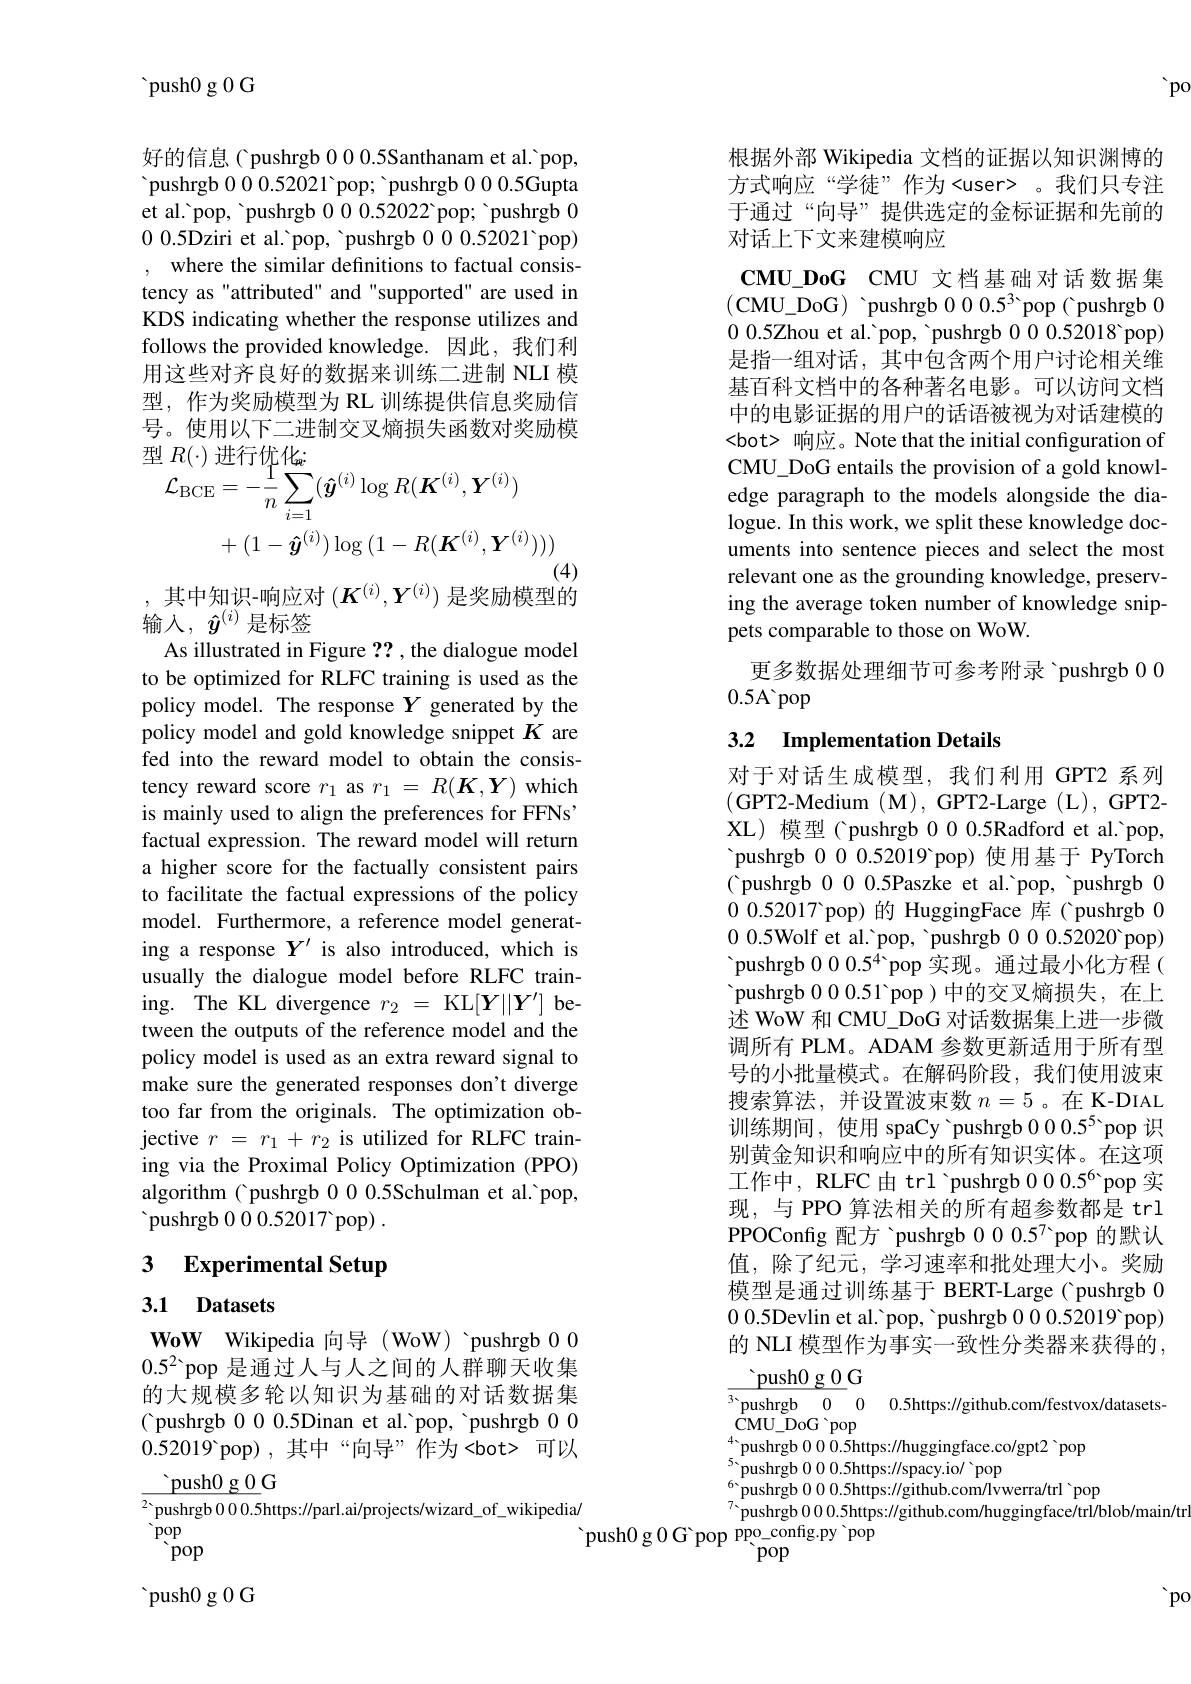
${\mathrm{~push0~g~0~G}}$

好的信息( pushrgb 0 0 0.5Santhanam et al.'pop, pushrgb 0 0 0.52021'pop; 'pushrgb 0 0 0.5Gupta et al.'pop, 'pushrgb 000.52022'pop; 'pushrgb 00.5Dziri et al.'pop, 'pushrgb 000.52021'pop) , where the similar definitions to factual consistency as "attributed" and "supported" are used in KDS indicating whether the response utilizes and follows the provided knowledge. 因此，我们利用这些对齐良好的数据来训练二进制 NLI 模型，作为奖励模型为 RL 训练提供信息奖励信号。使用以下二进制交叉熵损失函数对奖励模
$$\begin{aligned}\mathcal{L}_{\mathrm{BCE}}&=-\frac{1}{n}\sum_{i=1}(\hat{\boldsymbol{y}}^{(i)}\log R(\boldsymbol{K}^{(i)},\boldsymbol{Y}^{(i)})\\&+(1-\boldsymbol{\hat{y}}^{(i)})\log{(1-R(\boldsymbol{K}^{(i)},\boldsymbol{Y}^{(i)}))})\end{aligned}$$
(4)
,其中知识-响应对$(K^{(i)},Y^{(i)})$是奖励模型的

输入，$\hat{\boldsymbol{y}}^{(i)}$是标签
As illustrated in Figure ?? , the dialogue model to be optimized for RLFC training is used as the policy model. The response $Y$ generated by the policy model and gold knowledge snippet $K$ are fed into the reward model to obtain the consistency reward score $r_1$ as $r_1=R(K,Y)$ which is mainly used to align the preferences for FFNs' factual expression. The reward model will return a higher score for the factually consistent pairs to facilitate the factual expressions of the policy model. Furthermore, a reference model generating a response $Y^{\prime}$ is also introduced, which is usually the dialogue model before RLFC training. The KL divergence $r_2=$ KL$[Y||Y^{\prime}]$ between the outputs of the reference model and the policy model is used as an extra reward signal to make sure the generated responses don't diverge too far from the originals. The optimization objective $r$ = $r_{1}$ + $r_{2}$ is utilized for RLFC training via the Proximal Policy Optimization (PPO) algorithm ( pushrgb 0 0 0.5Schulman et al.'pop, ${\mathrm{~pushrgb~0~0~0~520~17~pop)~.}}$

## 3 Experimental Setup

3.1 Datasets

WoW Wikipedia 向导 (WoW) 'pushrgb 00 $0.5^2$pop 是通过人与人之间的人群聊天收集的大规模多轮以知识为基础的对话数据集( pushrgb 000.5Dinan et al.'pop, 'pushrgb 000.52019 pop),其中“向导”作为〈bot>可以
 push0 g 0 G
${\overline{2}}{\text{pushrgb00.5}}$https://parl.ai/projects/wizard\_of\_wikipedia/
 pop $\dot{\mathrm{pop}}$

${\mathrm{~push0~g~0~G}}$

'po

根据外部 Wikipedia 文档的证据以知识渊博的方式响应“学徒”作为<user>。我们只专注于通过“向导”提供选定的金标证据和先前的对话上下文来建模响应

$\mathbf{CMU\_ DoG}$ CMU文档基础对话数据集(CMU\_DoG) 'pushrgb $00.5^3$'pop('pushrgb 00.0.5Zhou et al.'pop, 'pushrgb 000.52018'pop) 是指一组对话，其中包含两个用户讨论相关维基百科文档中的各种著名电影。可以访问文档中的电影证据的用户的话语被视为对话建模的<bot> 响应。Note that the initial configuration of CMU\_DoG entails the provision of a gold knowledge paragraph to the models alongside the dialogue. In this work, we split these knowledge documents into sentence pieces and select the most relevant one as the grounding knowledge, preserving the average token number of knowledge snippets comparable to those on WoW.
更多数据处理细节可参考附录 'pushrgb 0 0
0.5A'pop

# 3.2 Implementation Details

对于对话生成模型，我们利用 GPT2 系列(GPT2-Medium $(\mathbf{M})$,GPT2-Large(L),GPT2- XL)模型(pushrgb 000.5Radford et al.'pop, 'pushrgb 0 0.52019'pop)使用基于 PyTorch ( pushrgb 0 0 0.5Paszke et al.'pop, 'pushrgb 00 0.52017 pop) 的 HuggingFace 库( pushrgb 00.0.5Wolf et al.'pop, 'pushrgb 000.52020 pop) pushrgb 0 0 0. $5^{4}$ pop 实 现 。通 过 最 小 化 方 程 ( pushrgb 0 0 0. 51 pop ) 中 的 交 叉 熵 损 失 , 在 上 述 WoW 和 CMU\_DoG 对话数据集上进一步微调所有 PLM。ADAM 参数更新适用于所有型号的小批量模式。在解码阶段，我们使用波束搜索算法，并设置波束数$n=5$ 。在 K-DIAL 训练期间，使用 spaCy 'pushrgb $00.5^{5}$ 'pop 识别黄金知识和响应中的所有知识实体。在这项工作中，RLFC由 trl 'pushrgb $00.5^6$ pop 实现，与 PPO 算法相关的所有超参数都是 trl PPOConfig 配方ˋpushrgb $00.5^{7}$ pop 的默认值，除了纪元，学习速率和批处理大小。奖励模型是通过训练基于 BERT-Large( pushrgb 00.5Devlin et al.'pop, 'pushrgb 000.52019'pop) 的 NLI 模型作为事实一致性分类器来获得的，
$\underline{\text{push}0\:\mathrm{g~0}}$G
 0 0.5https://github.com/festvox/datasets-
$\dot{\mathrm{CMU\_DoG~}}$pop
$^{4}$pushrgb 0 0 0.5https://huggingface.co/gpt2 'pop
${}^{5}$pushrgb 000.5https://spacy.io/ 'pop
${^{6}}$pushrgb 00.5https://github.com/lvwerra/trl~pop
7pushrgb 00.5https://github.com/huggingface/trl/blob/main/tr
${\mathrm{~push0~g0~G~pop~ppo\_config.py~}}$pop

$po$